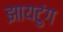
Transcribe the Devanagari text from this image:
झायटुंग